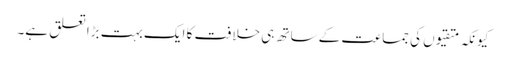
کیونکہ متقیوں کی جماعت کے ساتھ ہی خلافت کا ایک بہت بڑا تعلق ہے۔